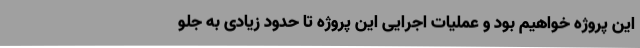
این پروژه خواهیم بود و عملیات اجرایی این پروژه تا حدود زیادی به جلو